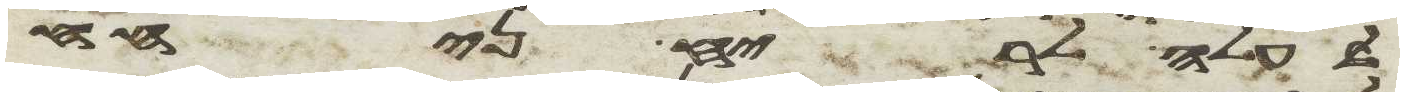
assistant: לעלה לריח ניחח